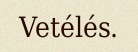
Vetélés.